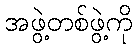
အဖွဲ့တစ်ဖွဲ့ကို